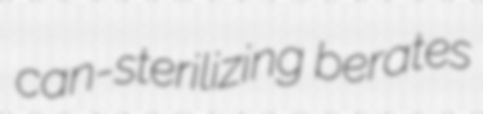
can-sterilizing berates